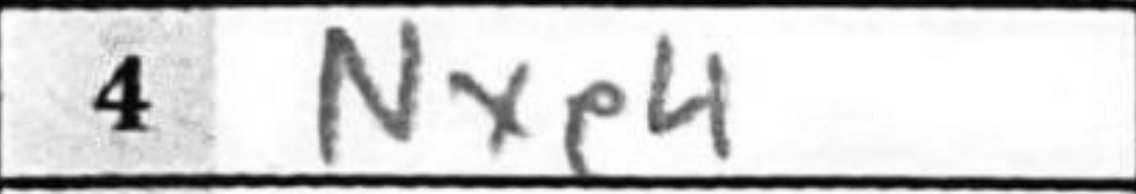
Transcription: Nxe4